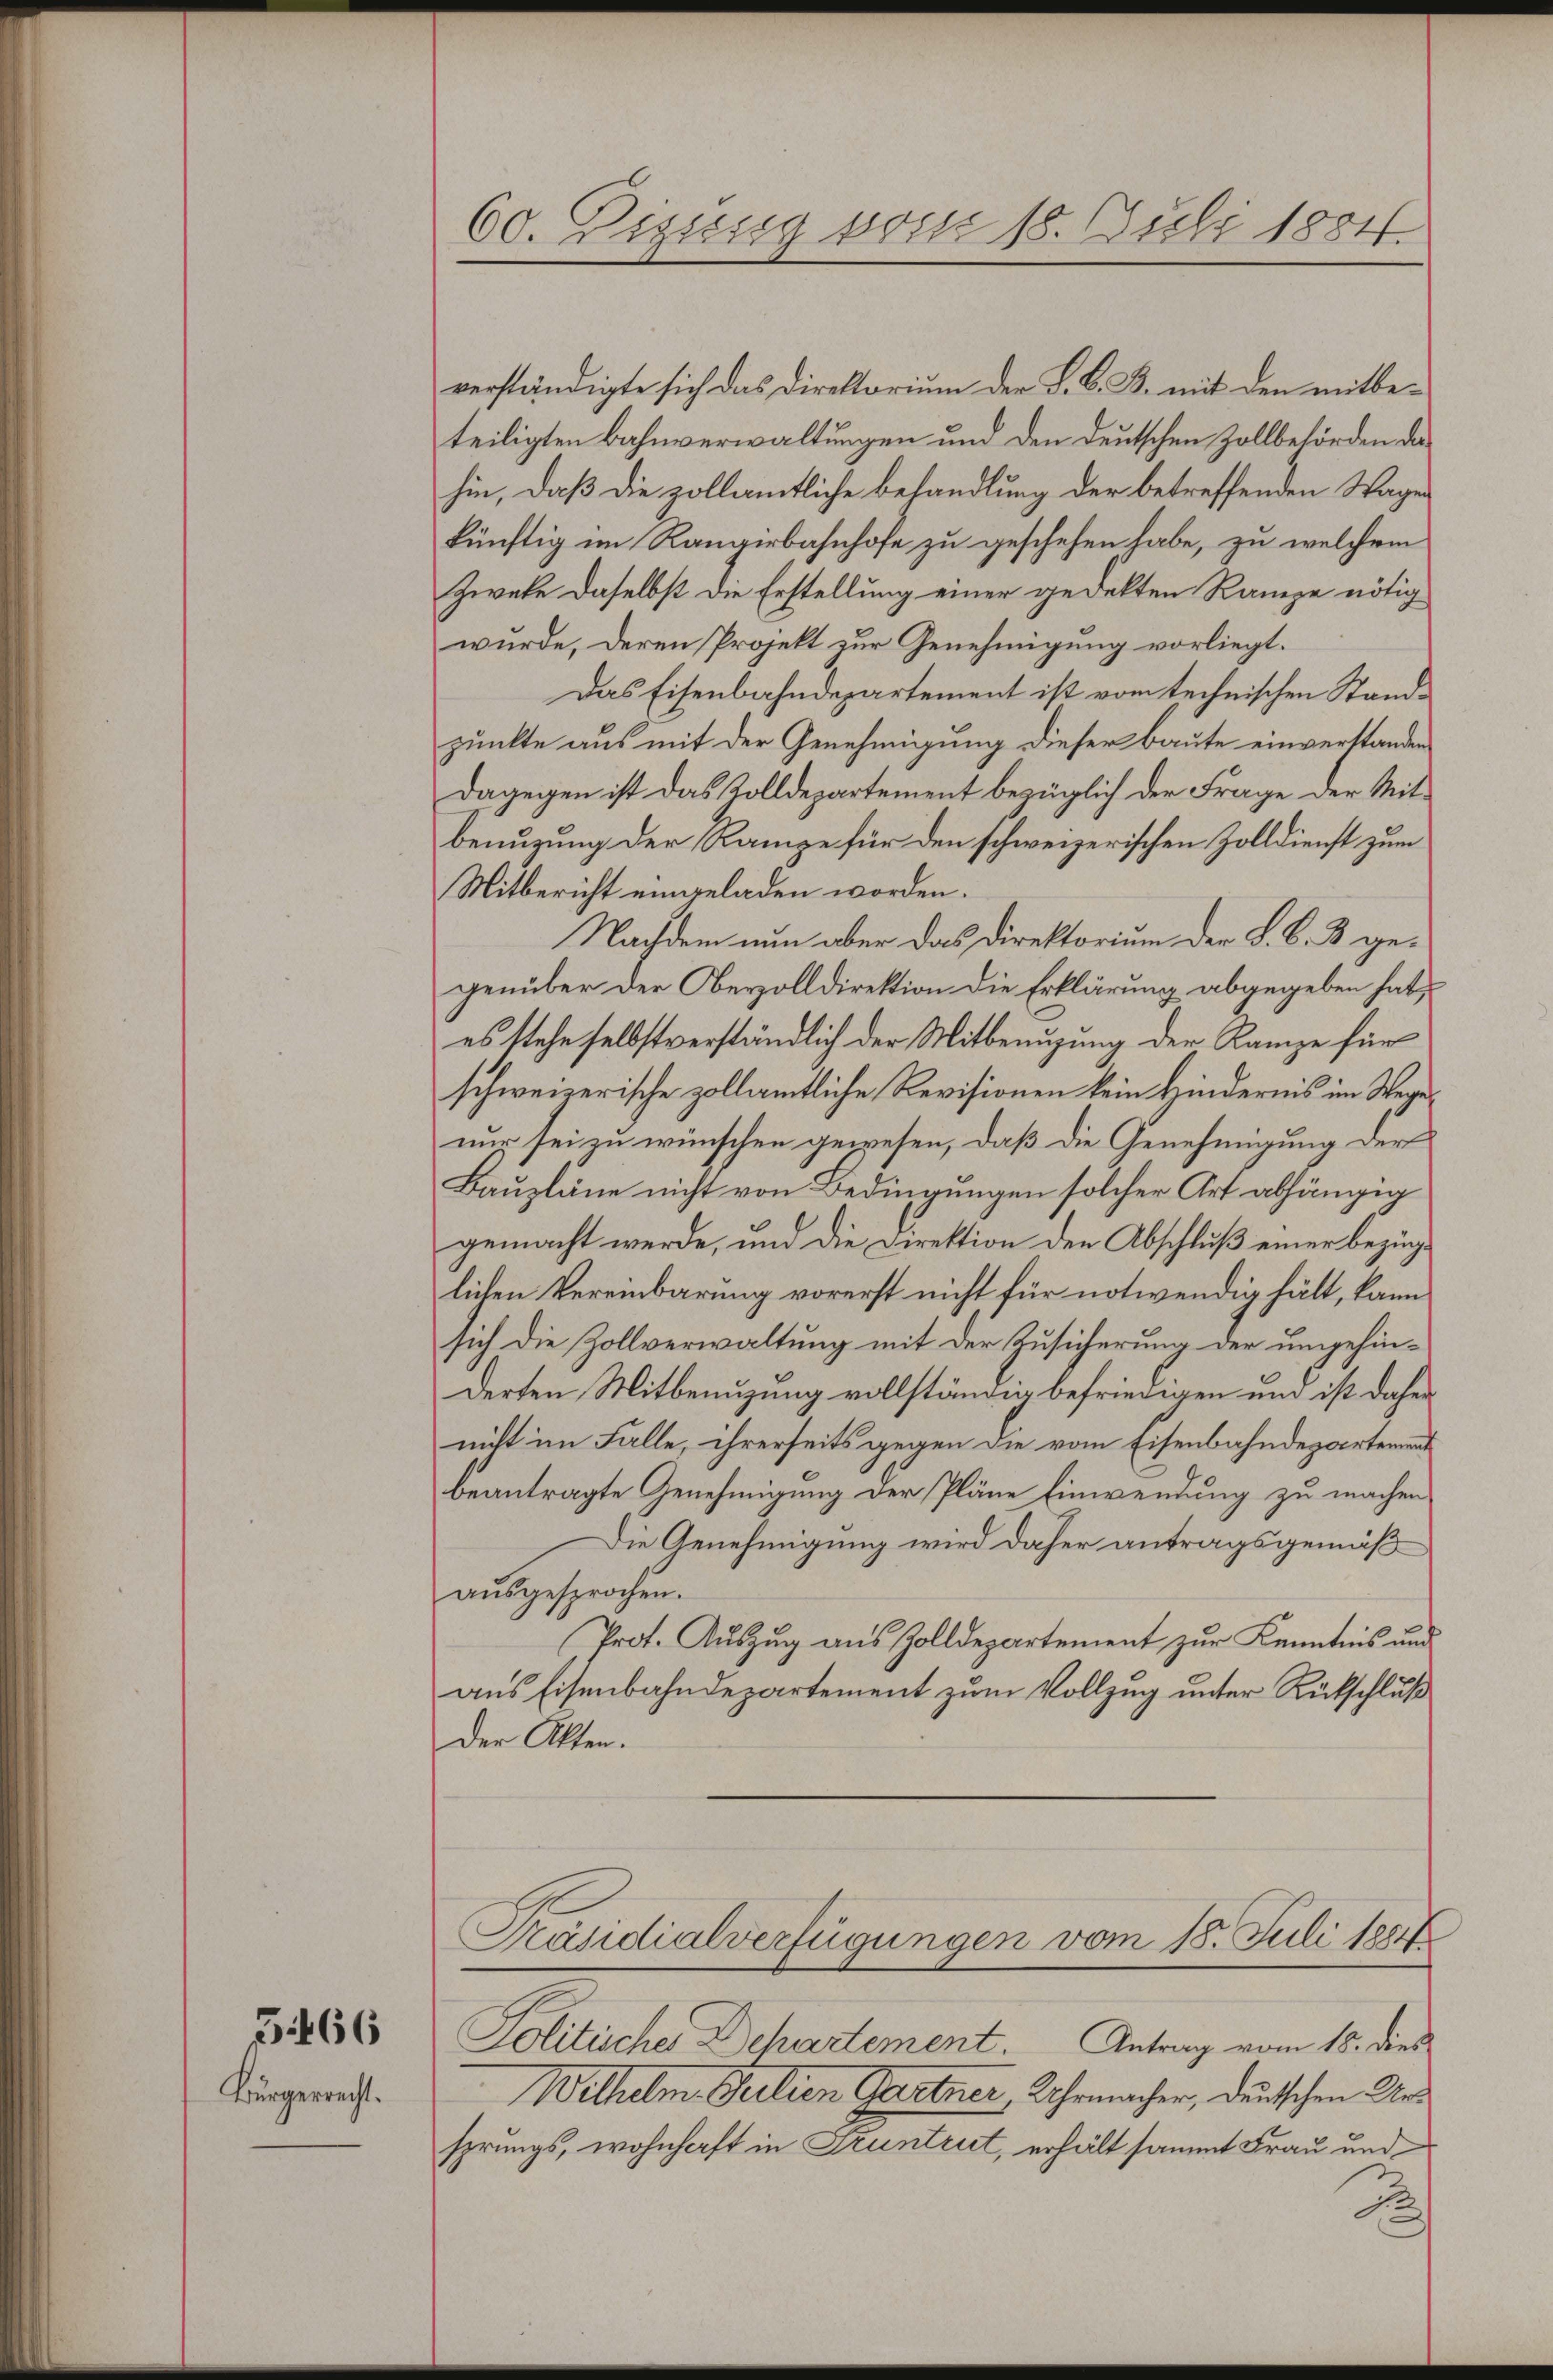
5466

Bürgerrecht.

60. Dizung vom 18. Juli 1884.

verständigte sich das Direktorium der L. B. B. mit den mitbeteiligten Bahnverwaltungen und den deutschen Zollbehörden dahin, daß die zollamtliche Behandlung der betreffenden Wagen
künftig im Rangirbahnhofe zu geschehen habe, zu welchem
Zweke daselbst die Erstellung einer gedekten Rampe nötig
wurde, deren Projekt zur Genehmigung vorliegt.
Das Eisenbahndepartement ist vom technischen Standpunkte aus mit der Genehmigung dieser Baute einverstanden
Dagegen ist das Rolldepartement bezüglich der Frage der Mitbenuzung der Rampe für den schweizerischen Zolldienst zum
Mitbericht eingeladen worden.
Nachdem nun aber das Direktorium der L. B. B. gegenüber der Bevolldirektion die Erklärung abgegeben hat,
es stehe selbstverständlich der Mitbenuzung der Rampe für
schweizerische zollamtliche Revisionen kein Hindernis im Wegenur sei zu wünschen gewiesen, daß die Genehmigung der
Baupläne nicht von Bedingungen solcher Art abhängig
gemacht werde, und die Direktion den Abschluß einer bezüglichen Vereinbarung vorerst nicht für notwendig hält, kann
sich die Zollverwaltung mit der Zusicherung der umgehinderten Mitbenuzung vollständig befriedigen und ist daher
nicht im Falle, ihrerseits gegen die vom Eisenbahndepartement
beantragte Genehmigung der Pläne Einwendung zu machen,
Die Genehmigung wird daher antragsgemäß
aŭsgesprochen.
Prot. Auszug aus Zolldepartement zur Kenntnis und
aus Eisenbahndepartement zum Vollzug unter Rückschluß
Der Akten.
Präsidialverfügungen vom 18. Juli 1884
Politische Departement. Antrag vom 18. dies
Wilhelm Gution Gartner Uhrmacher, deutschen Ursprungs, wohnhaft in Gruntrut, erhält sammt Frau und
2